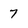
Character: 7